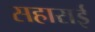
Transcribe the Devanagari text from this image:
सहाराई